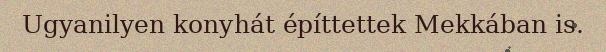
Ugyanilyen konyhát építtettek Mekkában is.